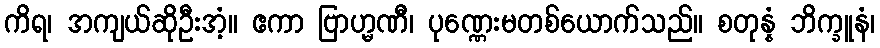
ကိရ၊ အကျယ်ဆိုဦးအံ့။ ဧကာ ဗြာဟ္မဏီ၊ ပုဏ္ဏေးမတစ်ယောက်သည်။ စတုန္နံ ဘိက္ခူနံ၊